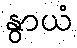
နွာယံ